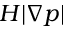
H | \nabla p |